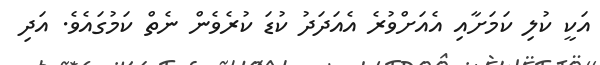
އަކީ ކުލި ކަމަށާއި އެއަށްވުރެ އެއަދަދު ކުޑަ ކުރެވެން ނެތް ކަމުގައެވެ. އަދި